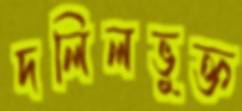
দলিলভুক্ত